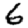
Digit: 6